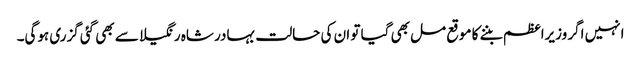
انہیں اگر وزیراعظم بننے کا موقع مل بھی گیا تو ان کی حالت بہادر شاہ رنگیلا سے بھی گئی گزری ہوگی۔